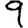
Digit: 9